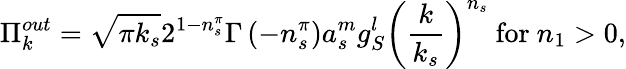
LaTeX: \Pi_{k}^{out}=\sqrt{\pi k_{s}}2^{1-n_{s}^{\pi}}\Gamma\left(-n_{s}^{\pi}\right)a_{s}^{m}g_{S}^{l}\left(\frac k{k_{s}}\right)^{n_{s}}\mathrm{~for~}n_{1}>0,